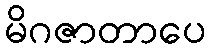
မိဂဇာတာပေ